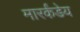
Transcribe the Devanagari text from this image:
मारर्कंडेय